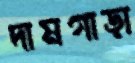
দামগাড়া